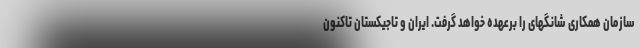
سازمان همکاری شانگهای را برعهده خواهد گرفت. ایران و تاجیکستان تاکنون